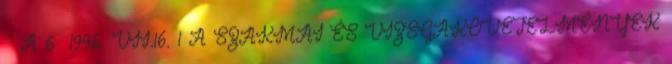
 A 6 1996. VII.16. 1 A SZAKMAI ÉS VIZSGAKÖVETELMÉNYEK